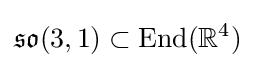
{\mathfrak {so}}(3,1)\subset {\text{End}}(\mathbb {R} ^{4})